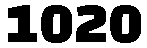
1020